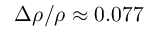
\Delta \rho / \rho \approx 0 . 0 7 7